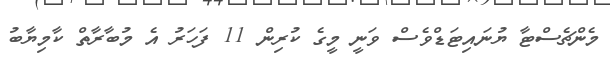
މެންޗެސްޓާ ޔުނައިޓަޑްވެސް ވަނީ މީގެ ކުރިން 11 ފަހަރު އެ މުބާރާތް ކާމިޔާބު